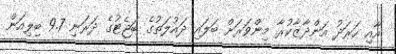
އާއި ހަރަދު އަންދާޒާކުރާ މިންވަރަށް ބަލައި ދައުލަތުގެ ބަޖެޓުގެ ދަރަނި 9.7 ބިލިއަން